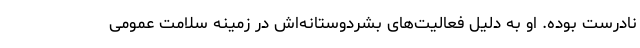
نادرست بوده. او به دلیل فعالیت‌های بشردوستانه‌اش در زمینه سلامت عمومی